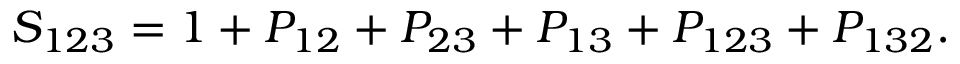
S _ { 1 2 3 } = 1 + P _ { 1 2 } + P _ { 2 3 } + P _ { 1 3 } + P _ { 1 2 3 } + P _ { 1 3 2 } .